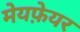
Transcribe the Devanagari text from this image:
मेयफ़ेयर